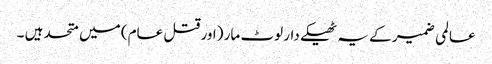
عالمی ضمیر کے یہ ٹھیکے دار لوٹ مار (اور قتل عام) میں متحد ہیں ۔